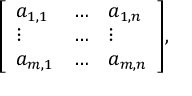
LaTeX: { \left[ \begin{array} { l l l } { a _ { 1 , 1 } } & { \ldots } & { a _ { 1 , n } } \\ { \vdots } & { \ldots } & { \vdots } \\ { a _ { m , 1 } } & { \ldots } & { a _ { m , n } } \end{array} \right] } ,